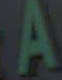
A